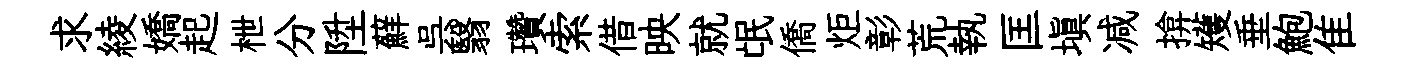
求綾嬌起枻分陞蘚呉翳瓚索借映就氓僑炬彰荒執匡填减揜矱垂鮑隹